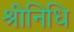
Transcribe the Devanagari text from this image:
श्रीनिधि